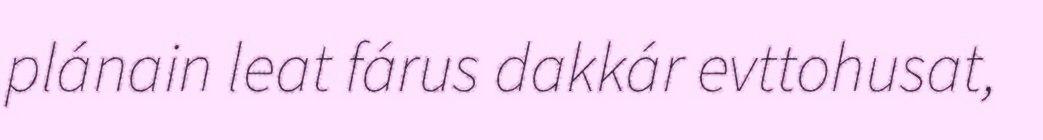
plánain leat fárus dakkár evttohusat,